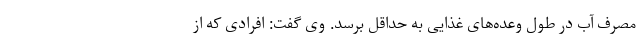
مصرف آب در طول وعده‌های غذایی به حداقل برسد. وی گفت: افرادی که از